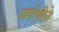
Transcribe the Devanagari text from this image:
वर्गणीने